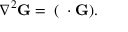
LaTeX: \nabla ^ { 2 } \mathbf { G } = \mathbf { \nabla } ( \mathbf { \nabla } \cdot { } \mathbf { G } ) .